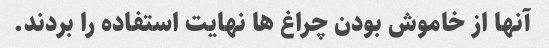
آنها از خاموش بودن چراغ ها نهایت استفاده را بردند.